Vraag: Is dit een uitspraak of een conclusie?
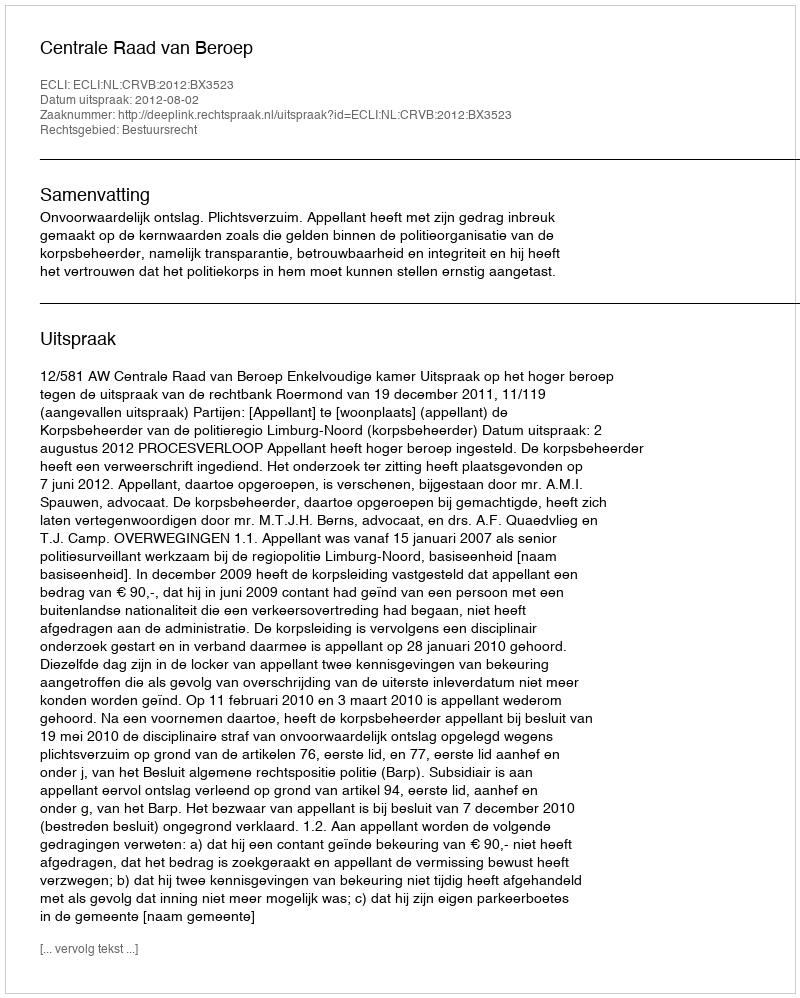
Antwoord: Uitspraak